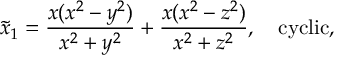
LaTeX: \tilde { x } _ { 1 } = \frac { x ( x ^ { 2 } - y ^ { 2 } ) } { x ^ { 2 } + y ^ { 2 } } + \frac { x ( x ^ { 2 } - z ^ { 2 } ) } { x ^ { 2 } + z ^ { 2 } } , \ \ \ \mathrm { c y c l i c } ,